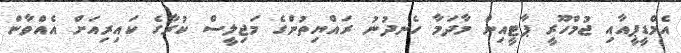
އެމްޑީޕީއާއި ޖުމްހޫރީ ޕާޓީއިން މާދަމާ ހެނދުނު ރައްޔިތުންގެ މަޖިލީސް ކުރާގެ ކައިރިއަށް އެއްވާން